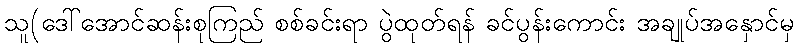
သူ(ဒေါ်အောင်ဆန်းစုကြည် စစ်ခင်းရာ ပွဲထုတ်ရန် ခင်ပွန်းကောင်း အချုပ်အနှောင်မှ